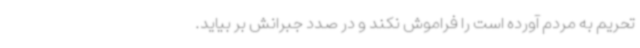
تحریم به مردم آورده است را فراموش نکند و در صدد جبرانش بر بیاید.